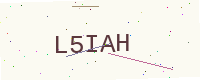
Text: L5IAH